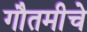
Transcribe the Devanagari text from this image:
गौतमीचे